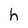
Character: h